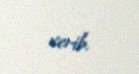
verib.